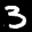
Label: 3